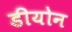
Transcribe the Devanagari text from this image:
डीयोन